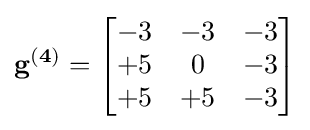
\mathbf {g^{(4)}} ={\begin{bmatrix}-3&-3&-3\\+5&0&-3\\+5&+5&-3\end{bmatrix}}